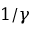
1 / \gamma